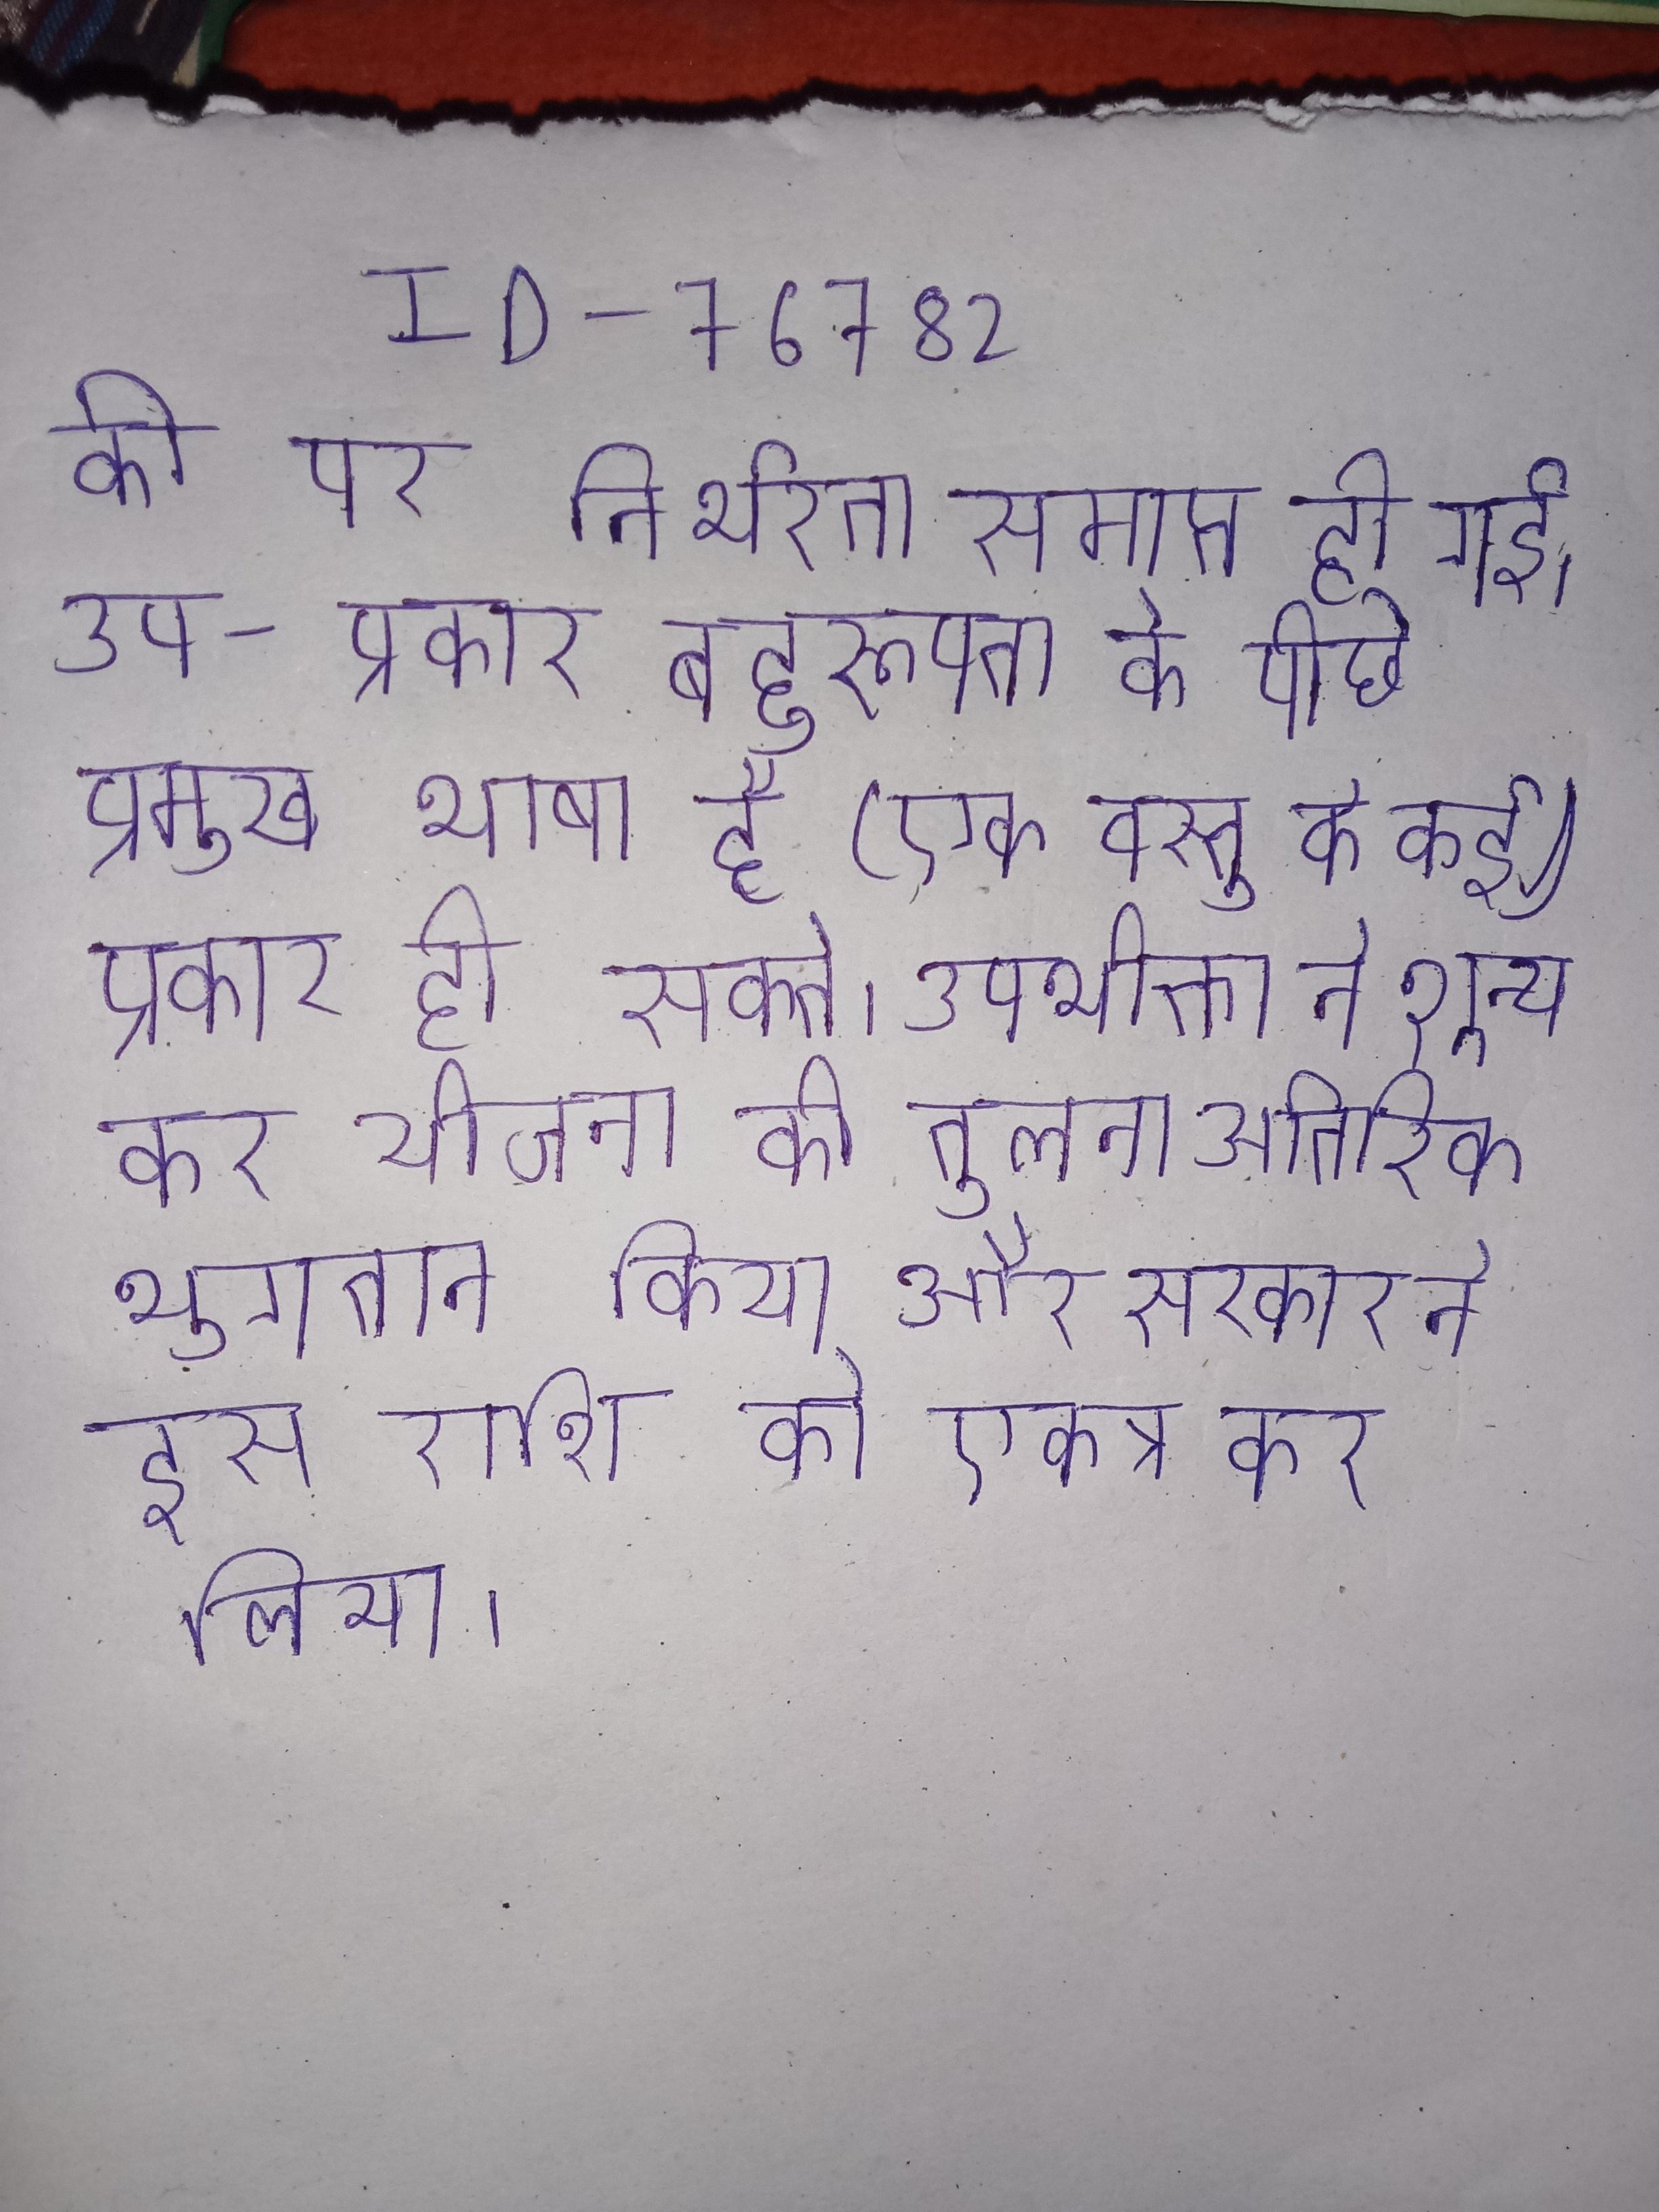
की पर निर्भरता समाप्त हो गई । उप-प्रकार बहुरूपता के पीछे प्रमुख भाषा है (एक वस्तु के कई प्रकार हो सकते . उपभोक्ता ने शून्य कर योजना की तुलना अतिरिक्त भुगतान किया और सरकार ने इस राशि को एकत्र कर लिया ।